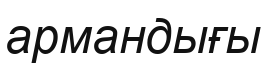
армандығы